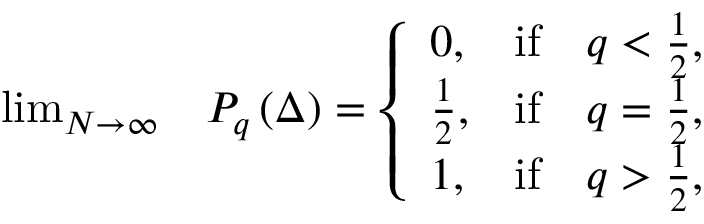
\begin{array} { r l } { \operatorname* { l i m } _ { N \to \infty } } & { P _ { q } \left( \Delta \right) = \left\{ \begin{array} { l c c } { 0 , } & { \mathrm { i f } } & { q < \frac { 1 } { 2 } , } \\ { \frac { 1 } { 2 } , } & { \mathrm { i f } } & { q = \frac { 1 } { 2 } , } \\ { 1 , } & { \mathrm { i f } } & { q > \frac { 1 } { 2 } , } \end{array} \right. } \end{array}